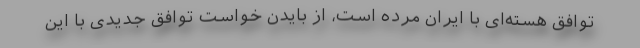
توافق هسته‌ای با ایران مرده است، از بایدن خواست توافق جدیدی با این